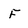
Character: F